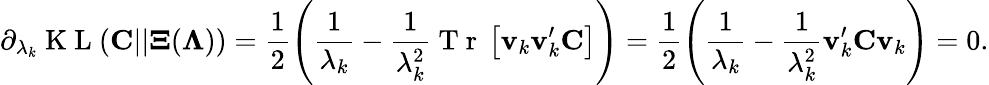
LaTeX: \partial_{\lambda_{k}}\mathrm{~K~L~}({\mathbf C}||{\mathbf\Xi}({\mathbf\Lambda}))=\frac{1}{2}\left(\frac{1}{\lambda_{k}}-\frac{1}{\lambda_{k}^{2}}\mathrm{~T~r~}\left[{\mathbf v}_{k}{\mathbf v}_{k}^{\prime}{\mathbf C}\right]\right)=\frac{1}{2}\left(\frac{1}{\lambda_{k}}-\frac{1}{\lambda_{k}^{2}}{\mathbf v}_{k}^{\prime}{\mathbf C}{\mathbf v}_{k}\right)=0.